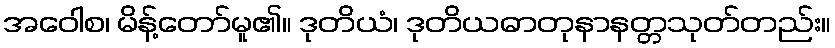
အဝေါစ၊ မိန့်တော်မူ၏။ ဒုတိယံ၊ ဒုတိယဓာတုနာနတ္တသုတ်တည်း။